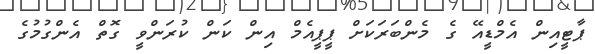
ޕާޓީއިން އެމްޑީއޭ ގެ މެންބަރަކަށް ޕީޕީއެމް އިން ކަން ކުރަންވީ ގޮތް އެންގުމުގެ